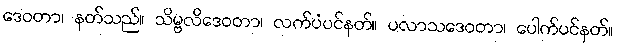
ဒေဝတာ၊ နတ်သည်။ သိမ္ဗလိဒေဝတာ၊ လက်ပံပင်နတ်။ ပလာသဒေဝတာ၊ ပေါက်ပင်နတ်။